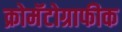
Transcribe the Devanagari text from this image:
क्रोमॅटोग्राफीक